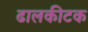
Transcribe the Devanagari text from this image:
ढालकीटक